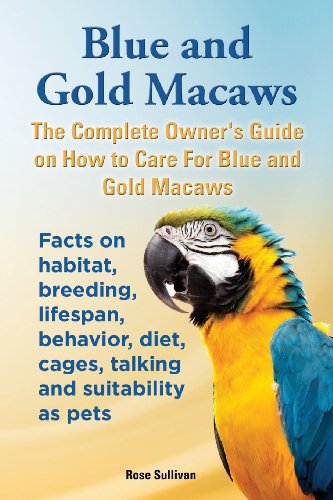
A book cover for Blue and Gold Macaws, The Complete Owner's Guide on How to Care For Blue and Yellow Macaws, Facts on habitat, breeding, lifespan, behavior, diet, cages, talking and suitability as pets; Rose Sullivan; Crafts, Hobbies & Home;